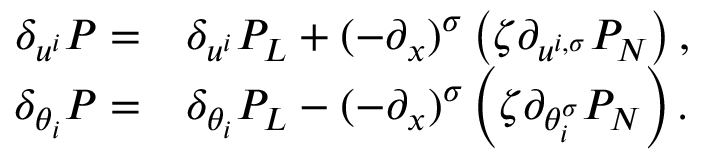
\begin{array} { r l } { { \delta } _ { u ^ { i } } P = } & { { \delta } _ { u ^ { i } } P _ { L } + ( - \partial _ { x } ) ^ { \sigma } \left( \zeta { \partial } _ { u ^ { i , \sigma } } P _ { N } \right) , } \\ { { \delta } _ { \theta _ { i } } P = } & { { \delta } _ { \theta _ { i } } P _ { L } - ( - \partial _ { x } ) ^ { \sigma } \left( \zeta { \partial } _ { \theta _ { i } ^ { \sigma } } P _ { N } \right) . } \end{array}